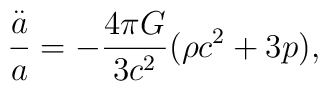
\frac{\stackrel{..}{a}}{a}=-\frac{4\pi G}{3c^2}(\rho c^2+3p),